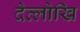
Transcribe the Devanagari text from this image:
देव्लोखि